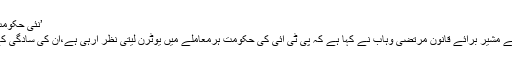
’نئی حکومت کی سادگی ایک سوالیہ نشان‘ - jang news
پاکستان پیپلز پارٹی کے رہنما اور وزیر اعلیٰ کے مشیر برائے قانون مرتضیٰ وہاب نے کہا ہے کہ پی ٹی آئی کی حکومت ہرمعاملے میں یوٹرن لیتی نظر آرہی ہے،ان کی سادگی کے مسلسل دعوے عوام کے لئے سوالیہ نشان ہیں۔